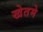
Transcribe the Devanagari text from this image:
खेतमे